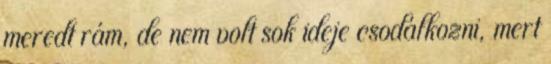
meredt rám, de nem volt sok ideje csodálkozni, mert